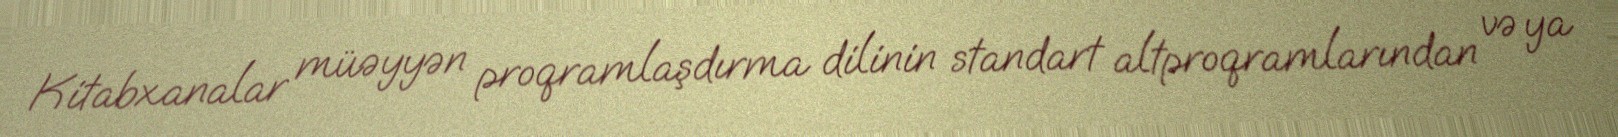
Kitabxanalar müəyyən proqramlaşdırma dilinin standart altproqramlarından və ya